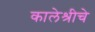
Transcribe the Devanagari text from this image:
कालेश्रीचे